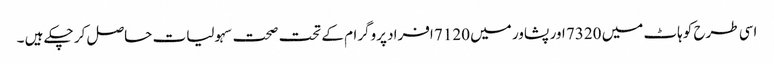
اسی طرح کوہاٹ میں 7320 اور پشاور میں 7120 افراد پروگرام کے تحت صحت سہولیات حاصل کر چکے ہیں ۔